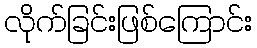
လိုက်ခြင်းဖြစ်ကြောင်း